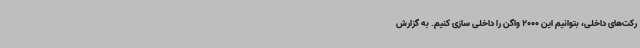
رکت‌های داخلی، بتوانیم این 2000 واگن را داخلی سازی کنیم. به گزارش